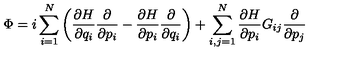
\Phi = i \sum _ { i = 1 } ^ { N } \left( { \frac { \partial H } { \partial q _ { i } } } { \frac { \partial } { \partial p _ { i } } } - { \frac { \partial H } { \partial p _ { i } } } { \frac { \partial } { \partial q _ { i } } } \right) + \sum _ { i , j = 1 } ^ { N } { \frac { \partial H } { \partial p _ { i } } } G _ { i j } { \frac { \partial } { \partial p _ { j } } }